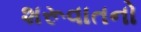
શરૂવાતનો